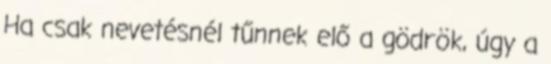
Ha csak nevetésnél tűnnek elő a gödrök, úgy a